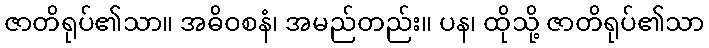
ဇာတိရုပ်၏သာ။ အဓိဝစနံ၊ အမည်တည်း။ ပန၊ ထိုသို့ ဇာတိရုပ်၏သာ